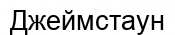
Джеймстаун